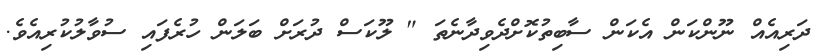
ދަރިއެއް ނޫންކަން އެކަން ސާބިތުކޮށްދެވިދާނެތަ " ލޫކަސް ދުރަށް ބަލަން ހުރެފައި ސުވާލުކުރިއެވެ.